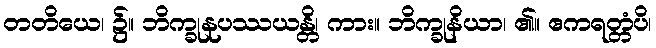
တတိယေ၊ ၌။ ဘိက္ခုနုပဿယန္တိ၊ ကား။ ဘိက္ခုနိယာ၊ ၏။ ဧကရတ္တံပိ၊